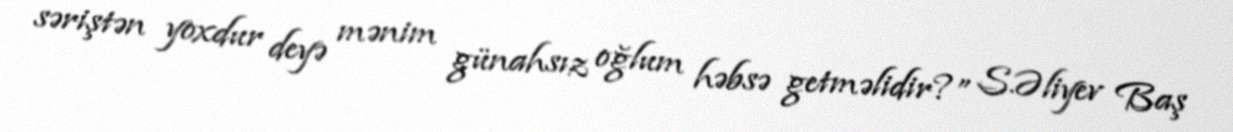
səriştən yoxdur deyə mənim günahsız oğlum həbsə getməlidir?” S.Əliyev Baş